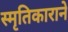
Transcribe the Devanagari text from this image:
स्मृतिकाराने